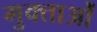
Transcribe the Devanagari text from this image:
मुक्ताओं